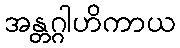
အန္တဂ္ဂါဟိကာယ